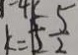
k = 1 5 \frac { 5 } { 2 }